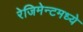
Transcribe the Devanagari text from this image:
रेजिमेन्टमध्ये